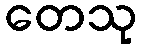
တေသု